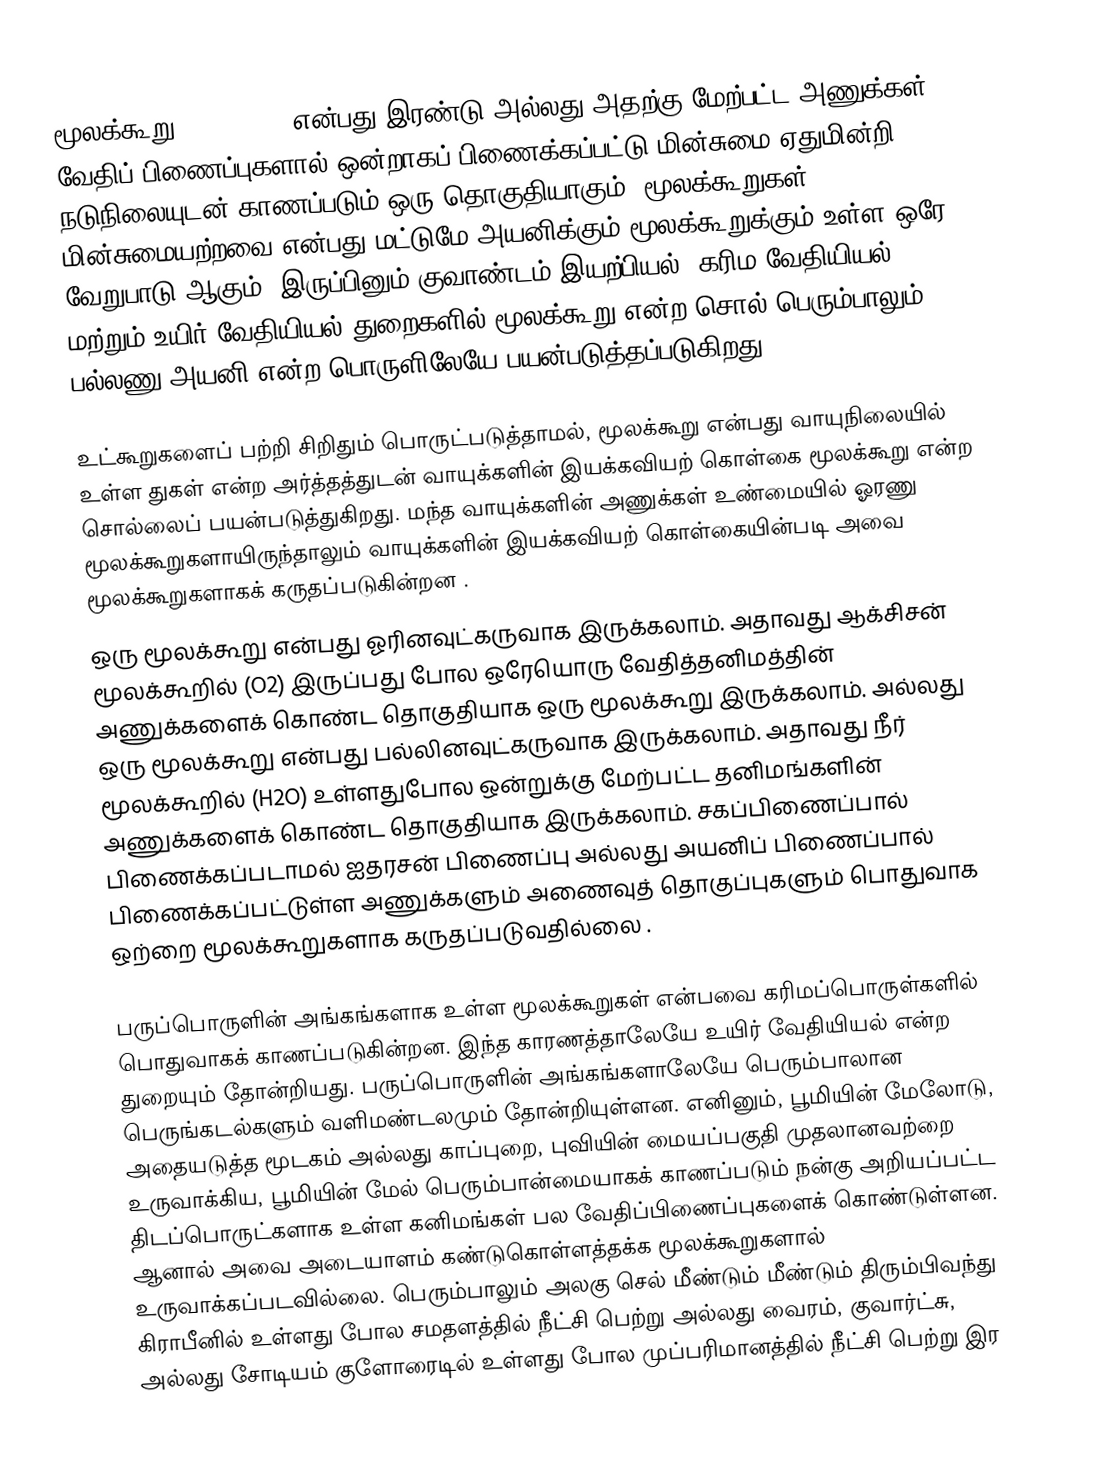
மூலக்கூறு (Molecule) என்பது இரண்டு அல்லது அதற்கு மேற்பட்ட அணுக்கள் வேதிப் பிணைப்புகளால் ஒன்றாகப் பிணைக்கப்பட்டு மின்சுமை ஏதுமின்றி நடுநிலையுடன் காணப்படும் ஒரு தொகுதியாகும். மூலக்கூறுகள் மின்சுமையற்றவை என்பது மட்டுமே அயனிக்கும் மூலக்கூறுக்கும் உள்ள ஒரே வேறுபாடு ஆகும். இருப்பினும் குவாண்டம் இயற்பியல், கரிம வேதியியல், மற்றும் உயிர் வேதியியல் துறைகளில் மூலக்கூறு என்ற சொல் பெரும்பாலும் பல்லணு அயனி என்ற பொருளிலேயே பயன்படுத்தப்படுகிறது.

உட்கூறுகளைப் பற்றி சிறிதும் பொருட்படுத்தாமல், மூலக்கூறு என்பது வாயுநிலையில் உள்ள துகள் என்ற அர்த்தத்துடன் வாயுக்களின் இயக்கவியற் கொள்கை மூலக்கூறு என்ற சொல்லைப் பயன்படுத்துகிறது. மந்த வாயுக்களின் அணுக்கள் உண்மையில் ஓரணு மூலக்கூறுகளாயிருந்தாலும் வாயுக்களின் இயக்கவியற் கொள்கையின்படி அவை மூலக்கூறுகளாகக் கருதப்படுகின்றன .
ஒரு மூலக்கூறு என்பது ஓரினவுட்கருவாக இருக்கலாம். அதாவது ஆக்சிசன் மூலக்கூறில் (O2) இருப்பது போல ஒரேயொரு வேதித்தனிமத்தின் அணுக்களைக் கொண்ட தொகுதியாக ஒரு மூலக்கூறு இருக்கலாம். அல்லது ஒரு மூலக்கூறு என்பது பல்லினவுட்கருவாக இருக்கலாம். அதாவது நீர் மூலக்கூறில் (H2O) உள்ளதுபோல ஒன்றுக்கு மேற்பட்ட தனிமங்களின் அணுக்களைக் கொண்ட தொகுதியாக இருக்கலாம். சகப்பிணைப்பால் பிணைக்கப்படாமல் ஐதரசன் பிணைப்பு அல்லது அயனிப் பிணைப்பால் பிணைக்கப்பட்டுள்ள அணுக்களும் அணைவுத் தொகுப்புகளும் பொதுவாக ஒற்றை மூலக்கூறுகளாக கருதப்படுவதில்லை .

பருப்பொருளின் அங்கங்களாக உள்ள மூலக்கூறுகள் என்பவை கரிமப்பொருள்களில் பொதுவாகக் காணப்படுகின்றன. இந்த காரணத்தாலேயே உயிர் வேதியியல் என்ற துறையும் தோன்றியது. பருப்பொருளின் அங்கங்களாலேயே பெரும்பாலான பெருங்கடல்களும் வளிமண்டலமும் தோன்றியுள்ளன. எனினும், பூமியின் மேலோடு, அதையடுத்த மூடகம் அல்லது காப்புறை, புவியின் மையப்பகுதி முதலானவற்றை உருவாக்கிய, பூமியின் மேல் பெரும்பான்மையாகக் காணப்படும் நன்கு அறியப்பட்ட திடப்பொருட்களாக உள்ள கனிமங்கள் பல வேதிப்பிணைப்புகளைக் கொண்டுள்ளன. ஆனால் அவை அடையாளம் கண்டுகொள்ளத்தக்க மூலக்கூறுகளால் உருவாக்கப்படவில்லை. பெரும்பாலும் அலகு செல் மீண்டும் மீண்டும் திரும்பிவந்து கிராபீனில் உள்ளது போல சமதளத்தில் நீட்சி பெற்று அல்லது வைரம், குவார்ட்சு, அல்லது சோடியம் குளோரைடில் உள்ளது போல முப்பரிமானத்தில் நீட்சி பெற்று இர